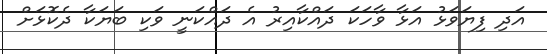
އަދި ފިޔަވަޅު އަޅާ ވާހަކަ ދައްކާއިރު އެ ދައްކަނީ ވަކި ބަޔަކާ ދެކޮޅަށް